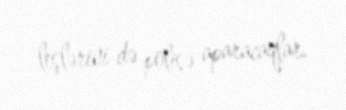
leşlərini də polisə aparacaqlar.